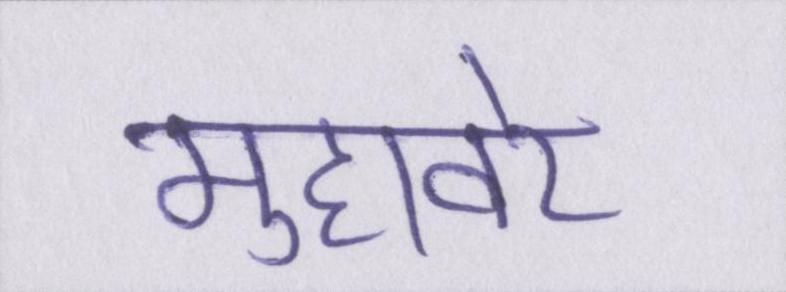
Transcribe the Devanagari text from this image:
मुहावरे